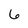
Character: 6